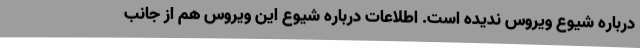
درباره شیوع ویروس ندیده است. اطلاعات درباره شیوع این ویروس هم از جانب